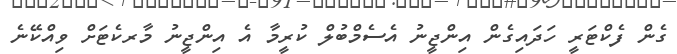
ގެން ފެކްޓަރީ ހަދައިގެން އިންޖީނު އެސެމްބުލް ކުރީމާ އެ އިންޖީނު މާރކެޓަށް ވިއްކޭނެ